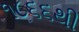
૧૮૬૬થી